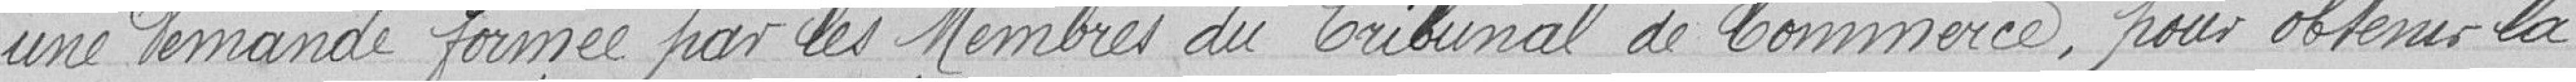
une demande formée par mes Membres du Tribunal de Commerce, pour obtenir la